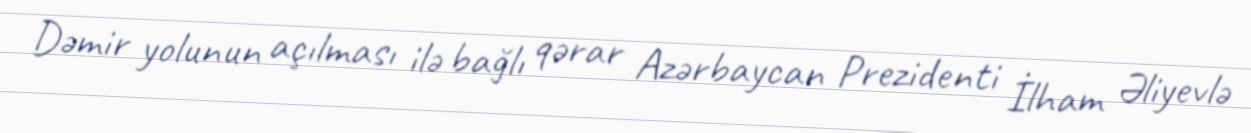
Dəmir yolunun açılması ilə bağlı qərar Azərbaycan Prezidenti İlham Əliyevlə